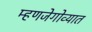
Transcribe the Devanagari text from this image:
म्हणजेगोव्यात